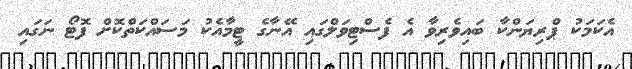
އެކަމަކު ޕްރިޔަންކާ ބައިވެރިވާ އެ ފެސްޓިވަލްގައި އޭނާގެ ޓީމާއެކު މަސައްކަތްކޮށް ފޮޓޯ ނަގައި